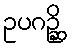
ဥပဂဉ္ဆိ